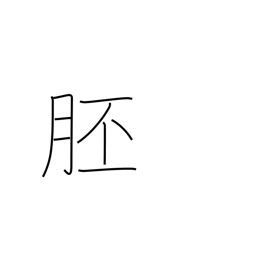
Meaning: embryo